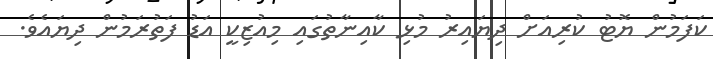
ކަފަމުން ޔޮޓު ކުރިއަށް ދިޔައިރު މުޅި ކާއިނާތުގައި މިއުޒިކީ އަޑު ފަތުރަމުން ދިޔައެވެ.